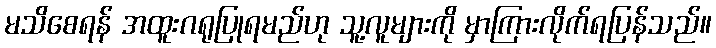
မသိစေရန် အထူးဂရုပြုရမည်ဟု သူ့လူများကို မှာကြားလိုက်ရပြန်သည်။